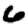
Digit: 6